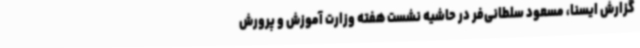
گزارش ایسنا، مسعود سلطانی‌فر در حاشیه نشست هفته وزارت آموزش و پرورش